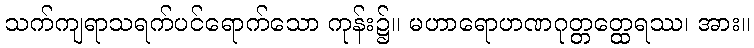
သက်ကျရာသရက်ပင်ရောက်သော ကုန်း၌။ မဟာရောဟဏဂုတ္တတ္ထေရဿ၊ အား။